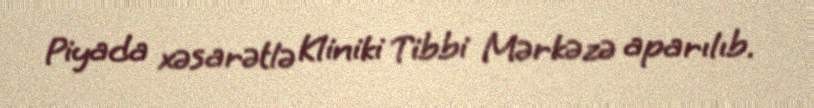
Piyada xəsarətlə Kliniki Tibbi Mərkəzə aparılıb.